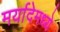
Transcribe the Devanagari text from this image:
मर्यादेमध्ये